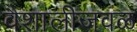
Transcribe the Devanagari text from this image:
वैशालीजवळ